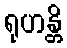
ရုဟန္တိ